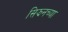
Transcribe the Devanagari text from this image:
सिझनच्या